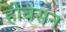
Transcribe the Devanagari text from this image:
होबसन